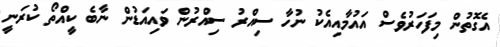
އެގޮތުން މިފަހަރުވެސް އައުމާއިއެކު ނުހާ ސިއްރު ސިއްރުން ވައިއަޑުން ނާބެ ކީއްތޯ ކުރަނީ